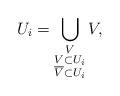
LaTeX: \begin{align*}U_i=\bigcup_{\substack{V \\V\subset U_i\\\overline{V}\subset U_i}}V,\end{align*}